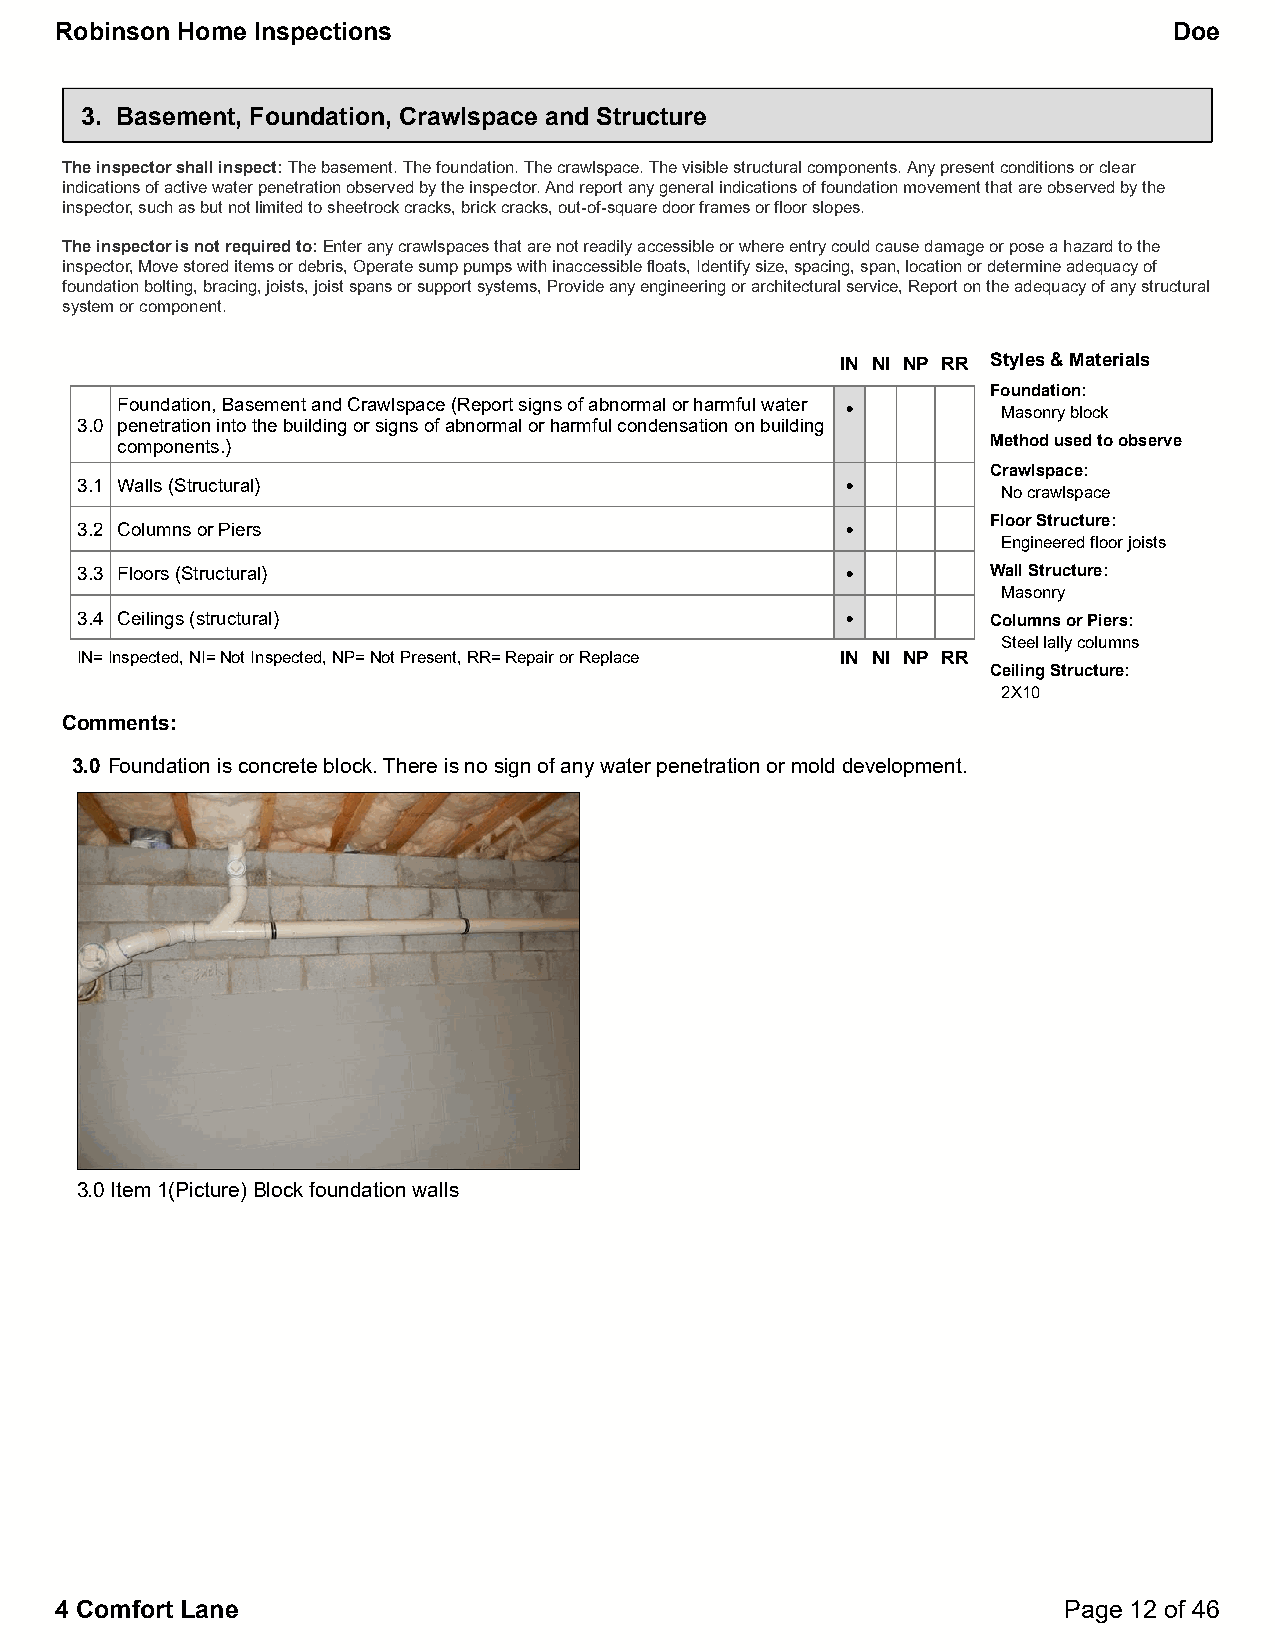
Robinson Home Inspections                                                 Doe
 3. Basement, Foundation, Crawlspace and Structure
 The inspector shall inspect:The basement. The foundation. The crawlspace. The visible structural components. Any present conditions or clear
 indications of active water penetration observed by the inspector. And report any general indications of foundation movement that are observed by the
 inspector, such as but not limited to sheetrock cracks, brick cracks, out-of-square door frames or floor slopes.
 The inspector is not required to:Enter any crawlspaces that are not readily accessible or where entry could cause damage or pose a hazard to the
 inspector, Move stored items or debris, Operate sump pumps with inaccessible floats, Identify size, spacing, span, location or determine adequacy of
 foundation bolting, bracing, joists, joist spans or support systems, Provide any engineering or architectural service, Report on the adequacy of any structural
 system or component.
 IN NI NP RR Styles & Materials
 Foundation:
 Foundation, Basement and Crawlspace (Report signs of abnormal or harmful water • Masonry block
 3.0 penetration into the building or signs of abnormal or harmful condensation on building
 components.)                                              Method used to observe
 Crawlspace:
 3.1 Walls (Structural)                             •
 No crawlspace
 Floor Structure:
 3.2 Columns or Piers                               •
 Engineered floor joists
 3.3 Floors (Structural)                            •         Wall Structure:
 Masonry
 3.4 Ceilings (structural)                          •         Columns or Piers:
 Steel lally columns
 IN=Inspected, NI=Not Inspected, NP=Not Present, RR=Repair or Replace IN NI NP RR
 Ceiling Structure:
 2X10
 Comments:
 3.0 Foundation is concrete block. There is no sign of any water penetration or mold development.
 3.0 Item 1(Picture) Block foundation walls
 4 Comfort Lane                                                    Page 12 of 46